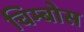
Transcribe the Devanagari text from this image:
चिम्बोस